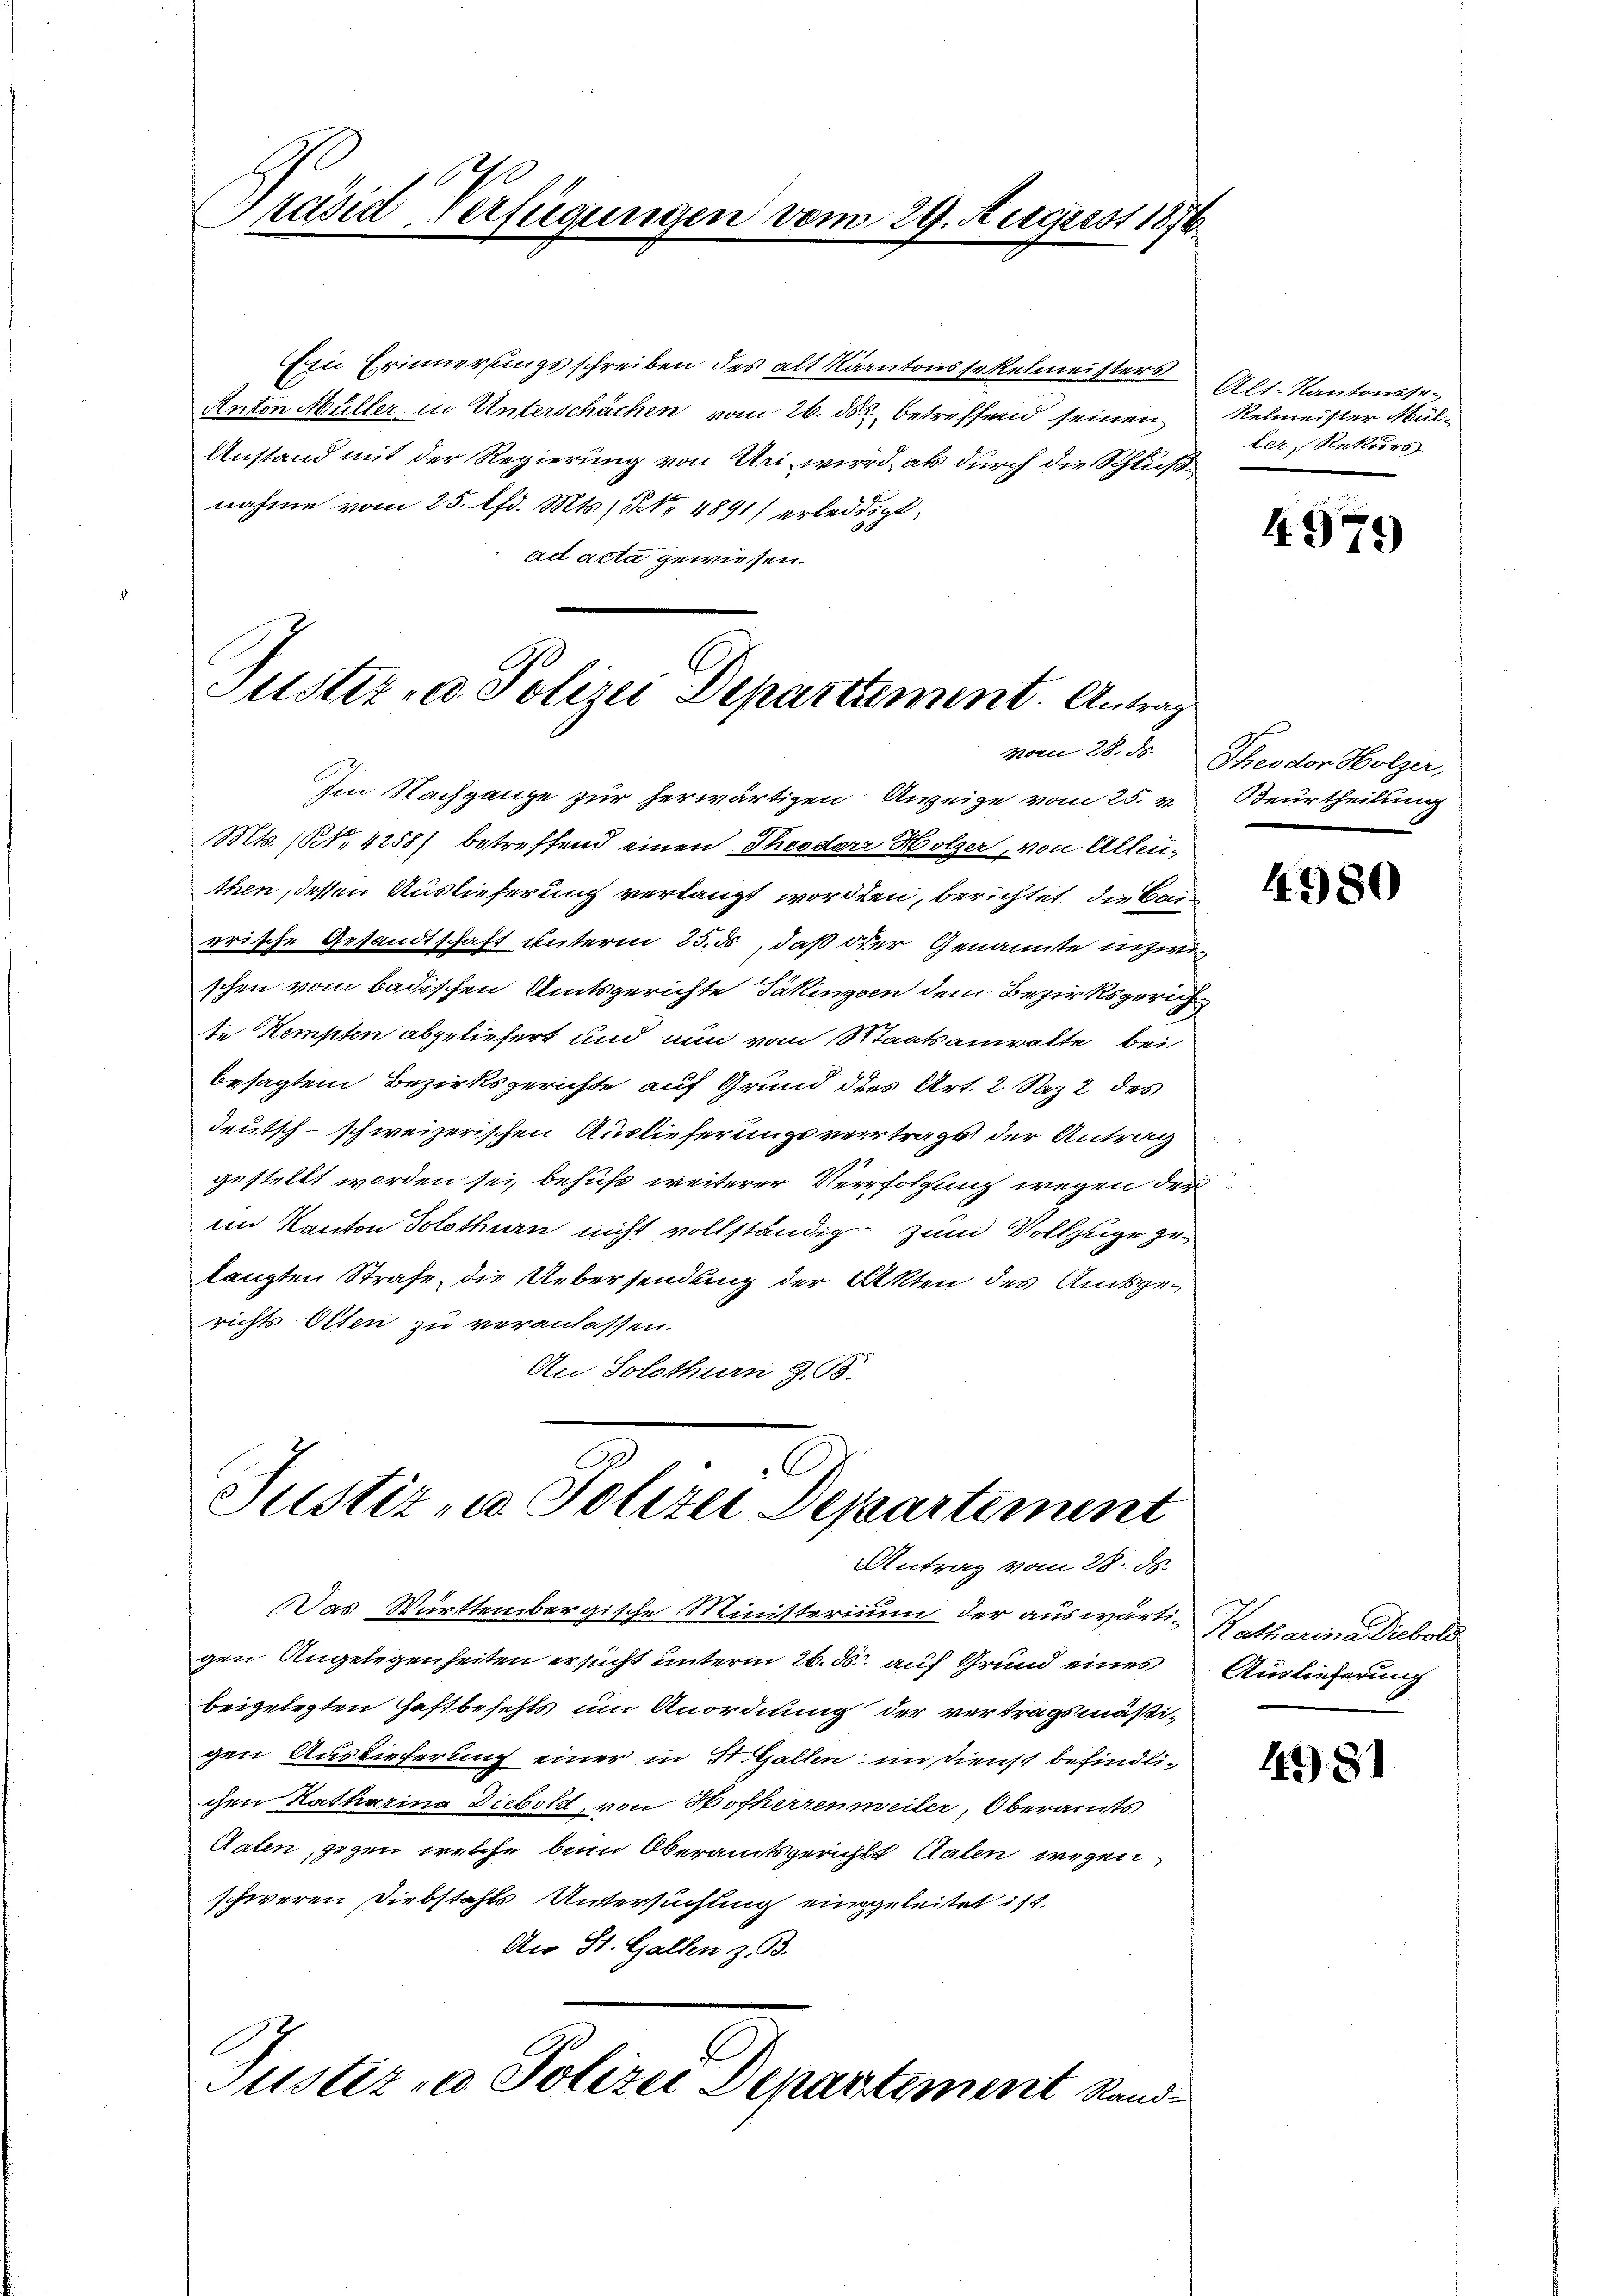
Ein Erinnerungsschreiben des alt Kantonssekelmeisters
Anton Müller in Unterschächen vom 26. ds. betreffend seinen
Anstand mit der Regierung von Uri wird, als durch die Schlußnahme vom 25. lfd. Mts., No 4891) erledigt,
ad acta gewiesen.
Justiz- u. Polizei Departement. Antrag

Präsid Verfügungen vom 29. August 1876

Im Nachgange zur herwärtigen Anzeige vom 25. v.
Mts. (NNo. 4255) betreffend einen Theodor Holzer, von Alten,
then, dessen Auslieferung verlangt worden, berichtet, die Bairrische Gesandtschaft unterm 25. ds, daß der Genannte inzwischen vom badischen Amtsgerichte Täkingen dem Bezirksgerichte Kempten abgeliefert und nun vom Staatsanwalte bei
besagten Bezirksgerichte auf Grund des Art. 2. Saz 2 des
deutsch-schweizerischen Auslieferungsvertrags der Antrag
gestellt worden sei, behufs weiterer Verfolgung wegen der
im Kanton Solothurn nicht vollständig zum Vollzuge gelangten Strafe, die Uebersendung der Akten des Amtsgerichts Otten zu veranlassen.
An Solothurn z. B.

Justiz - Polizei Departement
Antrag vom 28. ds.

Das Württembergische Ministerium der auswärti- Katharina Diebold
gen Angelegenheiten ersucht unterm 26. ds. auf Grund eines
beigelegten Gestbeseits um Anordnung der vertragsmäßigen Auslieferung einer in St. Gallen, indienst befindlichen Katharina Diebold, von Hofherreneiler, Oberamts
Raten, gegen welche beim Oberamtsgerichts Malen wegenschweren Diebstahls Untersuchung eingeleitet ist.
An St. Gallen z. B.
Justiz - Polizei Departement Rand¬

Alt-Kantonstr.
Relmeister Müller, Rekurs

4979

vom 28. ds. Theodor Holzer,
Beurtheilung

4980

Auslieferung

4481